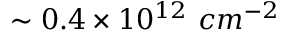
\sim 0 . 4 \times 1 0 ^ { 1 2 } \ c m ^ { - 2 }